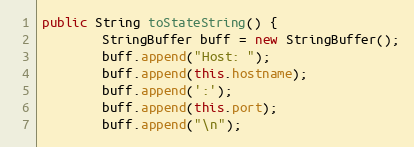
Language: Java
public String toStateString() {
        StringBuffer buff = new StringBuffer();
        buff.append("Host: ");
        buff.append(this.hostname);
        buff.append(':');
        buff.append(this.port);
        buff.append("\n");